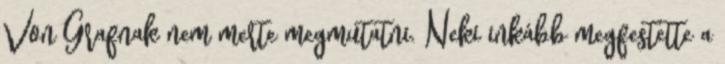
Von Grafnak nem merte megmutatni. Neki inkább megfestette a